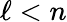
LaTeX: \ell<n